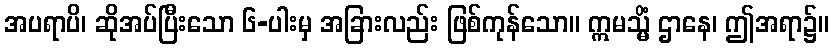
အပရာပိ၊ ဆိုအပ်ပြီးသော ၆-ပါးမှ အခြားလည်း ဖြစ်ကုန်သော။ ဣမသ္မိံ ဌာနေ၊ ဤအရာ၌။